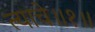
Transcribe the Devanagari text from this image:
त्याचे॥१॥